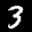
Label: 3